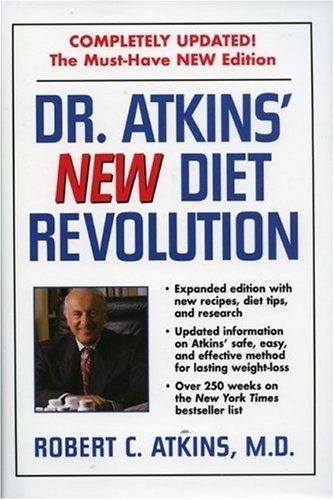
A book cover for Dr. Atkins' New Diet Revolution, Revised Edition; Robert C. Atkins MD; Health, Fitness & Dieting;